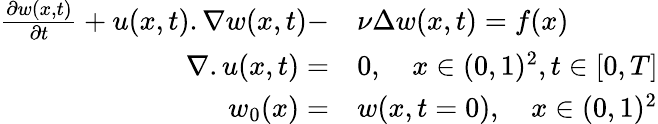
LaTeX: \begin{array}{rl}{\frac{\partial w(x,t)}{\partial t}+u(x,t).\nabla w(x,t)-}&{{}\nu\Delta w(x,t)=f(x)}\\ {\nabla.u(x,t)=}&{{}0,~~~~x\in(0,1)^{2},t\in[0,T]}\\ {w_{0}(x)=}&{{}w(x,t=0),~~~~x\in(0,1)^{2}}\end{array}